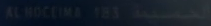
AL NOCIMA-103